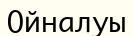
Ойналуы